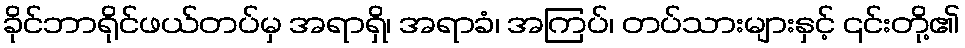
ခိုင်ဘာရိုင်ဖယ်တပ်မှ အရာရှိ၊ အရာခံ၊ အကြပ်၊ တပ်သားများနှင့် ၎င်းတို့၏